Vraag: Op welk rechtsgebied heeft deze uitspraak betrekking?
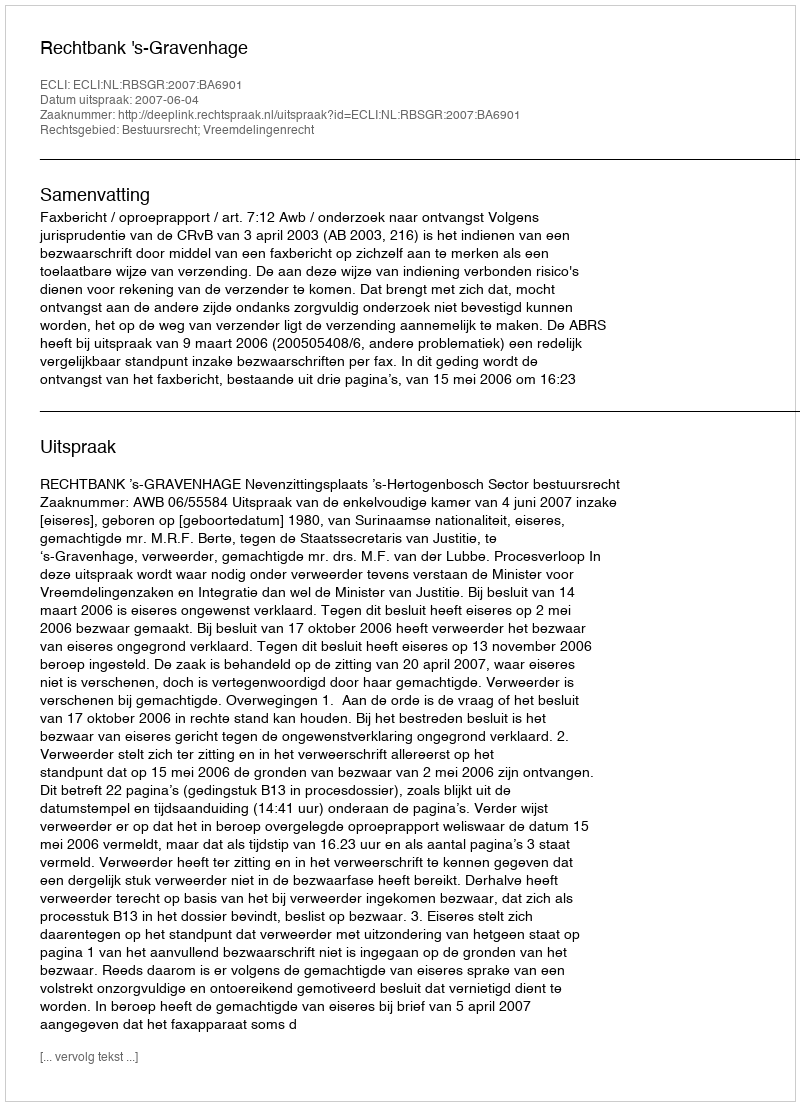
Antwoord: Bestuursrecht; Vreemdelingenrecht